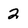
Character: 2